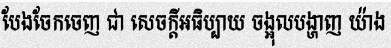
បែងចែកចេញ ជា សេចក្តីអធិប្បាយ ចង្អុលបង្ហាញ យ៉ាង